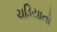
ચડિયાતો